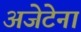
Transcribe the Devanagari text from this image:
अजेटेना